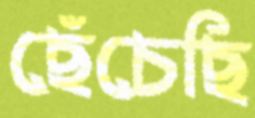
ছেঁচেছি